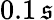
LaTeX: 0.1\, \mathfrak{s}